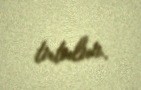
tutulur.